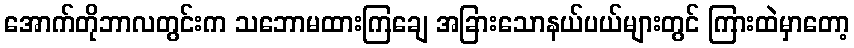
အောက်တိုဘာလတွင်းက သဘောမထားကြချေ အခြားသောနယ်ပယ်များတွင် ကြားထဲမှာတော့